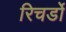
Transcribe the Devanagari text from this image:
रिचर्डो